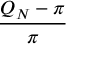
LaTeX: \frac { Q _ { N } - \pi } { \pi }